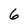
Character: 6